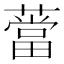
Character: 𦼲